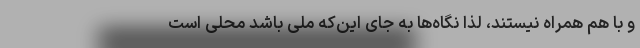
و با هم همراه نیستند، لذا نگاه‌ها به جای این‌که ملی باشد محلی است